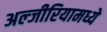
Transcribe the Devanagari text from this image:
अल्जीरियामध्ये